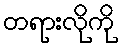
တရားလိုကို